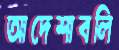
আদেশাবলি